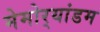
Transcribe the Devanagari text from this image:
मेमोर्‍यांडम